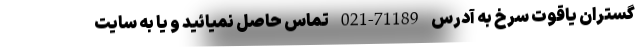
گستران یاقوت سرخ به آدرس 71189-021 تماس حاصل نمیائید و یا به سایت